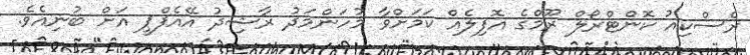
ރެސްކިއު ކޮންޓްރޯލް ރޫމްގެ އޮފިލެއް ކަމަށްވާ މުހަންމަދު ރާޝިދު އޭއެފްޕީ އަށް ބުނިއެވެ.